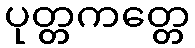
ပုတ္တကတ္တေ